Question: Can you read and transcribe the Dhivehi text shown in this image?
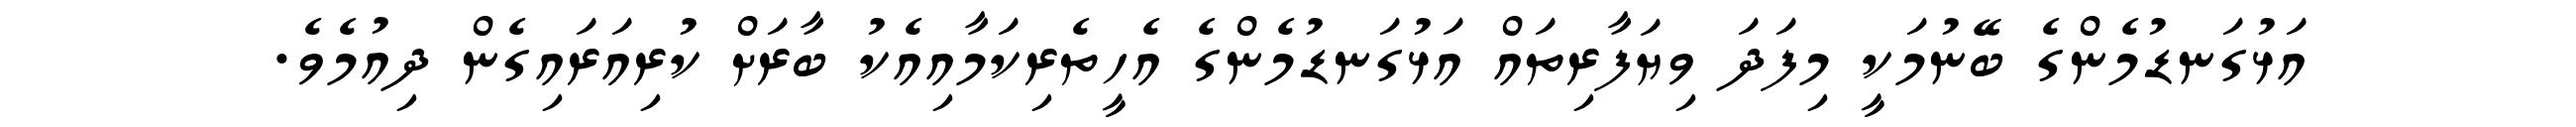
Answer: އަޅުގަނޑުމެންގެ ބޭނުމަކީ މިފަދަ ވިޔަފާރިތައް އަޅުގަނޑުމެންގެ އެހީތެރިކަމާއިއެކު ބާރަށް ކުރިއަރައިގެން ދިއުމެވެ.